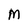
Character: M